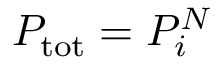
P _ { \mathrm { t o t } } = P _ { i } ^ { N }